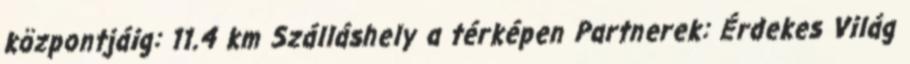
központjáig: 11.4 km Szálláshely a térképen Partnerek: Érdekes Világ